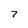
Character: 7